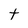
Character: t